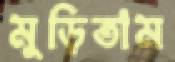
মুড়িতাম